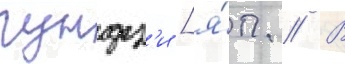
гундз'и [я́п. // В